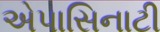
એપાસિનાટી